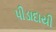
પીડાદાયી